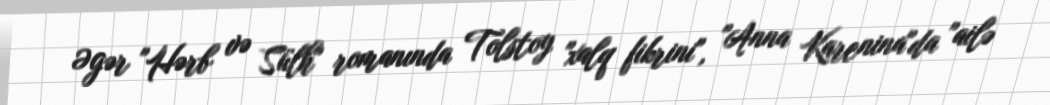
Əgər "Hərb və Sülh" romanında Tolstoy "xalq fikrini", "Anna Karenina"da "ailə